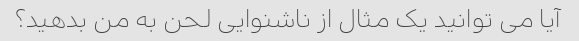
آیا می توانید یک مثال از ناشنوایی لحن به من بدهید؟